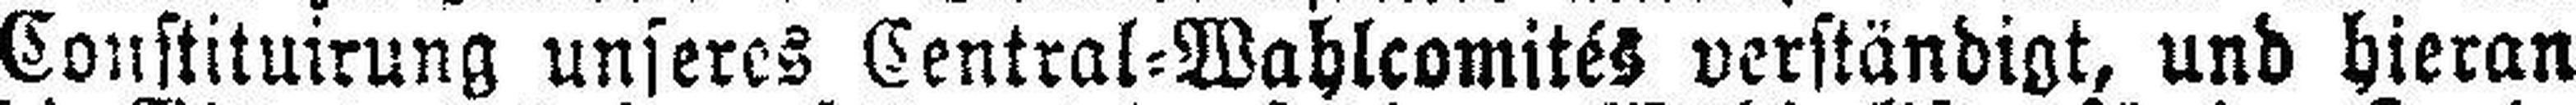
Constituirung unseres Central=Wahlcomités verständigt, und hieran